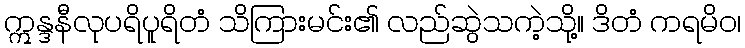
ဣန္ဒနီလုပရိပူရိတံ သိကြားမင်း၏ လည်ဆွဲသကဲ့သို့။ ဒိတံ ကရမိဝ၊